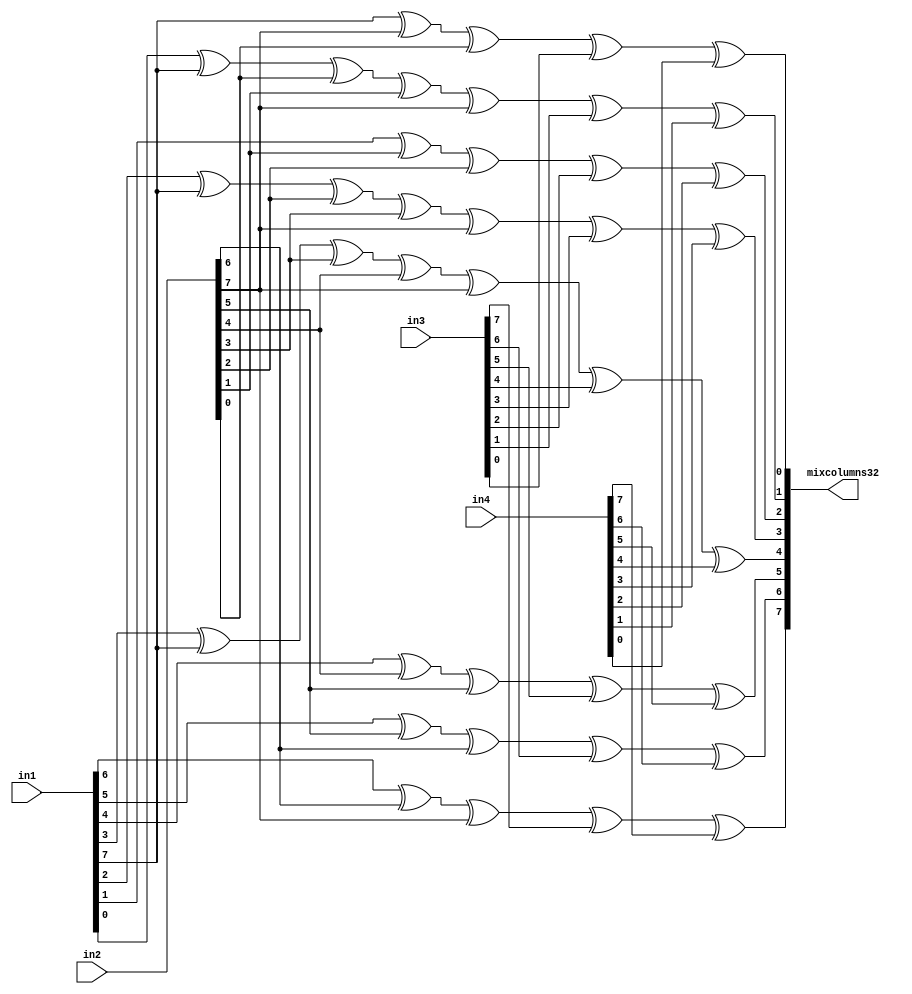
`timescale 1ns / 1ps
//////////////////////////////////////////////////////////////////////////////////
// Company: 
// Engineer: 
// 
// Design Name: 
// Module Name: Mix_Columns_32
// Project Name: 
// Target Devices: 
// Tool Versions: 
// Description: 
// 
// Dependencies: 
// 
// Revision:
// Revision 0.01 - File Created
// Additional Comments:
// 
//////////////////////////////////////////////////////////////////////////////////


module Mix_Columns_32(

input [7:0] in1,in2,in3,in4,
output [7:0] mixcolumns32);


assign mixcolumns32[7] = in1[6] ^ in2[6] ^ in2[7] ^ in3[7] ^ in4[7];
assign mixcolumns32[6] = in1[5] ^ in2[5] ^ in2[6] ^ in3[6] ^ in4[6];
assign mixcolumns32[5] = in1[4] ^ in2[4] ^ in2[5] ^ in3[5] ^ in4[5];
assign mixcolumns32[4] = in1[3] ^ in1[7] ^ in2[3] ^ in2[4] ^ in2[7] ^ in3[4] ^ in4[4];
assign mixcolumns32[3] = in1[2] ^ in1[7] ^ in2[2] ^ in2[3] ^ in2[7] ^ in3[3] ^ in4[3];
assign mixcolumns32[2] = in1[1] ^ in2[1] ^ in2[2] ^ in3[2] ^ in4[2];
assign mixcolumns32[1] = in1[0] ^ in1[7] ^ in2[0] ^ in2[1] ^ in2[7] ^ in3[1] ^ in4[1];
assign mixcolumns32[0] = in1[7] ^ in2[7] ^ in2[0] ^ in3[0] ^ in4[0];

  

endmodule